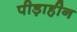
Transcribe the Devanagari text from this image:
पीड़ाहीन